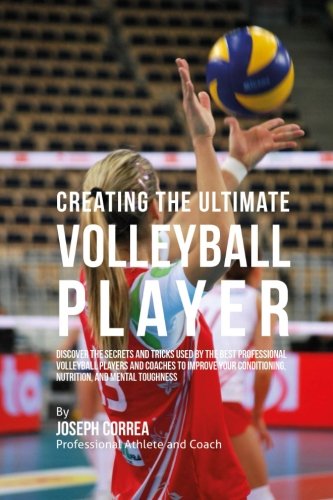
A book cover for Creating the Ultimate Volleyball Player: Discover the Secrets and Tricks Used by the Best Professional Volleyball Players and Coaches to Improve Your Conditioning, Nutrition, and Mental Toughness; Joseph Correa (Professional Athlete and Coach); Sports & Outdoors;